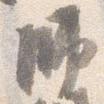
師